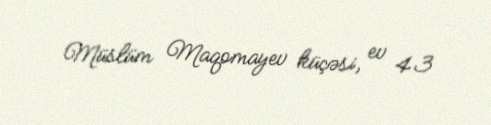
Müslüm Maqomayev küçəsi, ev 43